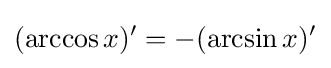
(\arccos x)'=-(\arcsin x)'